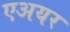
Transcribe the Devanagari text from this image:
एअयर